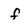
Character: f